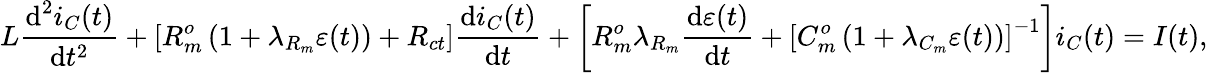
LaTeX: L\frac{\textrm{d}^{2}i_{C}(t)}{\textrm{d}t^{2}}+\left[R_{m}^{o}\left(1+\lambda_{R_{m}}\varepsilon(t)\right)+R_{ct}\right]\frac{\textrm{d}i_{C}(t)}{\textrm{d}t}+\left[R_{m}^{o}\lambda_{R_{m}}\frac{\textrm{d}\varepsilon(t)}{\textrm{d}t}+\left[C_{m}^{o}\left(1+\lambda_{C_{m}}\varepsilon(t)\right)\right]^{-1}\right]i_{C}(t)=I(t),